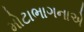
મોટાભાગનાએ